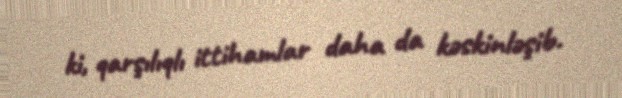
ki, qarşılıqlı ittihamlar daha da kəskinləşib.